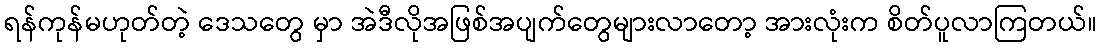
ရန်ကုန်မဟုတ်တဲ့ ဒေသတွေ မှာ အဲဒီလိုအဖြစ်အပျက်တွေများလာတော့ အားလုံးက စိတ်ပူလာကြတယ်။